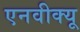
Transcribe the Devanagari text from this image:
एनवीक्यू